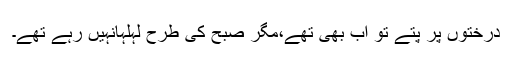
درختوں پر پتے تو اب بھی تھے،مگر صبح کی طرح لہلہانہیں رہے تھے۔